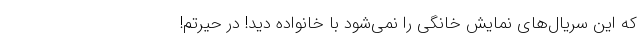
که این سریال‌های نمایش خانگی را نمی‌شود با خانواده دید! در حیرتم!